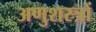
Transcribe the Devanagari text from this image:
अणुशस्त्रों